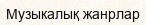
Mузыкалық жанрлар